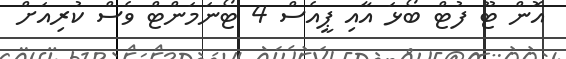
އޮން ޓޫ ފުޓް ބޯޅަ އާއި ޕީއެސް 4 ޓޯނަމަންޓް ވެސް ކުރިއަށް